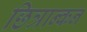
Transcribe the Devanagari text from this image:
छित्रान्कन